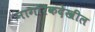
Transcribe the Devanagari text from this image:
नागरिकदेखील